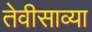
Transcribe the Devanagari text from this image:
तेवीसाव्‍या